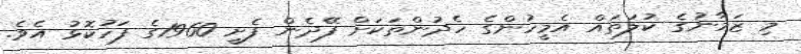
މި ޒަމާނުގެ ކުލަތައް އެމީހުންގެ ހެދުންތަކަށް ފޭދެން ފެށީ 1960ގެ ފަހުކޮޅު އެވެ.